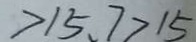
> 1 5 . 7 > 1 5